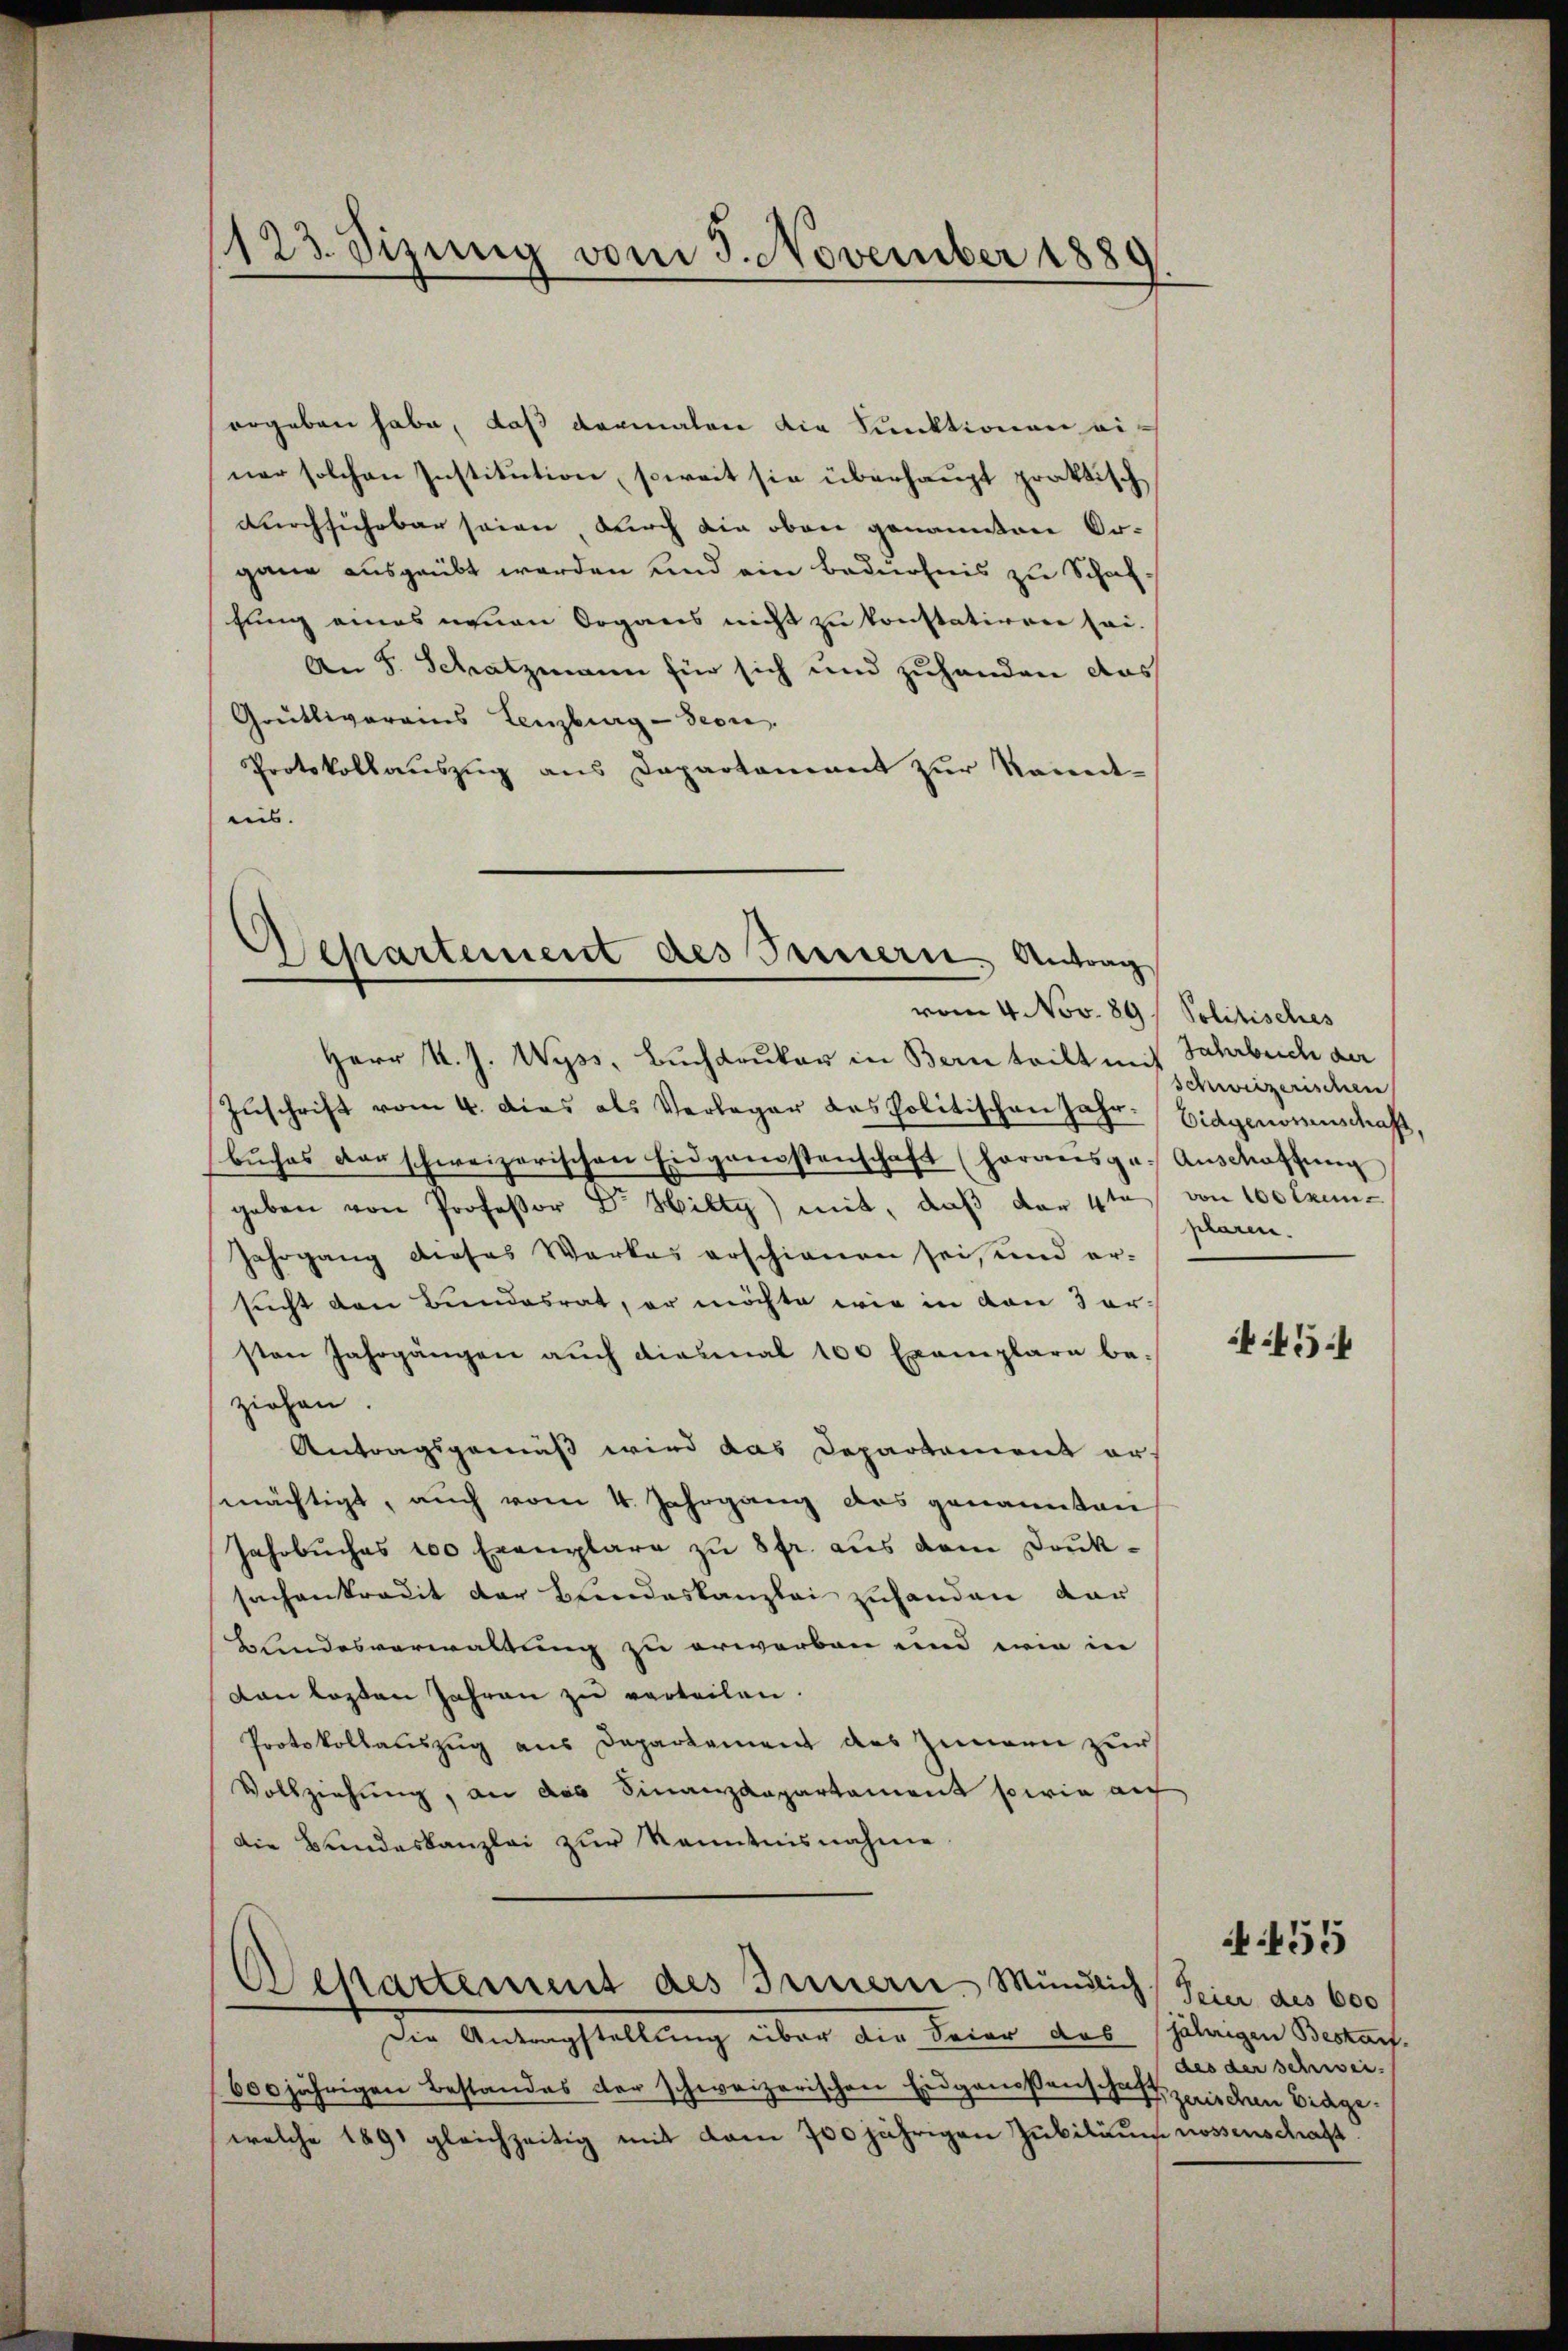
ergeben habe, daß dermalen die Funktionen einer solchen Institution, soweit sie überhaupt praktisch
durchführbar seien durch die oben genannten Or-
gane ausgeübt werden und ein bedürfnis zu Schaffung eines neuen Organs nicht zu konstatiren sei.
An 8. Schatzmann für sich und zuhanden das
Grütliverains Lenzburg-Seon.
Protokollauszug aus Dapartament zur Nament-
nis.

123. Sizung vom 5. November 1889

Departement des Treuern. Antrag

vom 4. Nov. 89 / Politisches
Herr K. J. Wyss, Buchdruker in Bern teilt mit Jahrbuch der
Zuschrift vom 4. Dies als Verleger des Politischen Jahr- Eidgenomenschaft
bŭches der schweizerischen Eidgenostenschaft (horaŭsge. Anschaffŭng
geben von Professor Dr Hilty) mit, daß der 4te von 100 Exem¬
Jahrgang dieses Werkes erschienen sei, und er-
sucht den Bundesrat, er möchte wie in von 3 ersten Jahrgängen aŭch diesmal 100 Exemplare be-
ziehen.
Antragsgemäß wird das Departement er-
mächtigt, auch vom 4. Jahrgang das genannten
Jahrbuches 100 Exemplare zŭ 8fr. aŭs dem Druk-
sachenkredit der Bundeskanzlei zuhanden dar
Blindesverwaltung zu erworben und wie in
on lasten Jahren zu verteilen.
Protokollauszug aus Departement des Zimmen zur
Vollziehung, an das Finanzdepartament sowie auf
Die Bundeskanzlei zur Kenntnisnahme

Repartement des Innern, Mündlich

Die Antragstellung über die Feier das
600jährigen Bestandes der schweizerischen Eidgenossenschaft zwischen Eidgewelche 1891 gleichzeitig mit dem 700 jährigen Jubiläum nossenschaft.

Schweizerischen
plaren.

45

Teier des 600
jährigen Bestant.
des der schrei

455